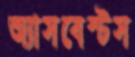
অ্যাসবেস্টস